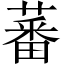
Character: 蕃